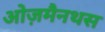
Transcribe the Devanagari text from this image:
ओज़मैनथस